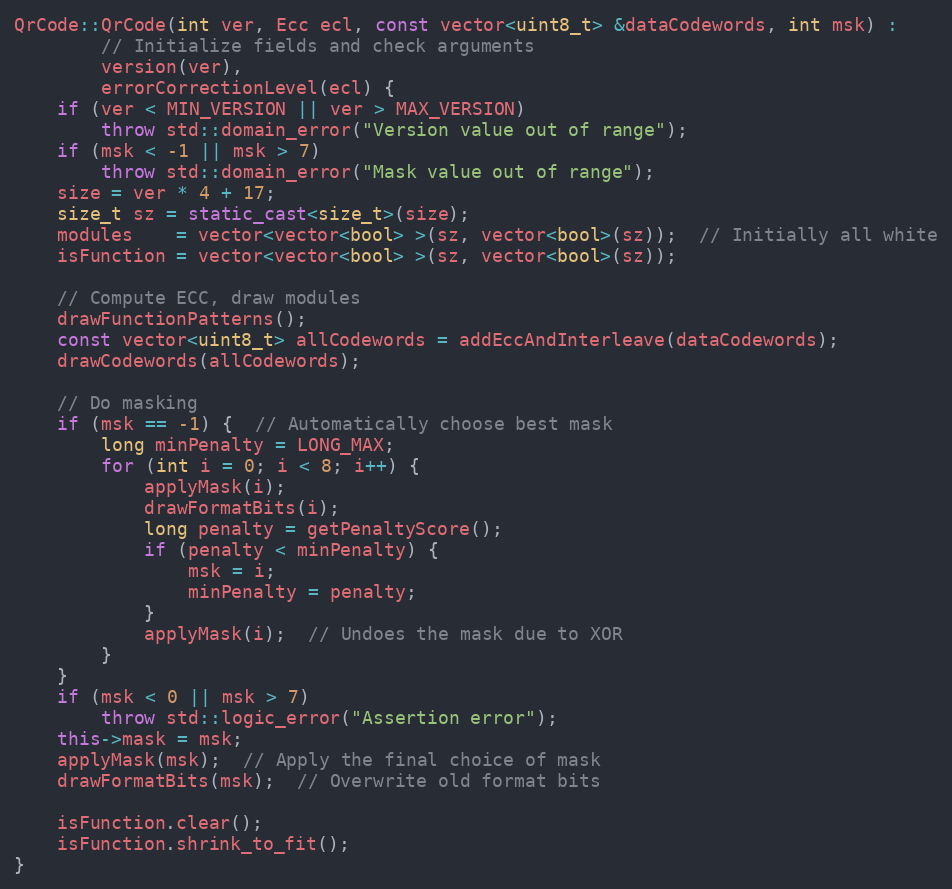
Language: C++
QrCode::QrCode(int ver, Ecc ecl, const vector<uint8_t> &dataCodewords, int msk) :
		// Initialize fields and check arguments
		version(ver),
		errorCorrectionLevel(ecl) {
	if (ver < MIN_VERSION || ver > MAX_VERSION)
		throw std::domain_error("Version value out of range");
	if (msk < -1 || msk > 7)
		throw std::domain_error("Mask value out of range");
	size = ver * 4 + 17;
	size_t sz = static_cast<size_t>(size);
	modules    = vector<vector<bool> >(sz, vector<bool>(sz));  // Initially all white
	isFunction = vector<vector<bool> >(sz, vector<bool>(sz));

	// Compute ECC, draw modules
	drawFunctionPatterns();
	const vector<uint8_t> allCodewords = addEccAndInterleave(dataCodewords);
	drawCodewords(allCodewords);

	// Do masking
	if (msk == -1) {  // Automatically choose best mask
		long minPenalty = LONG_MAX;
		for (int i = 0; i < 8; i++) {
			applyMask(i);
			drawFormatBits(i);
			long penalty = getPenaltyScore();
			if (penalty < minPenalty) {
				msk = i;
				minPenalty = penalty;
			}
			applyMask(i);  // Undoes the mask due to XOR
		}
	}
	if (msk < 0 || msk > 7)
		throw std::logic_error("Assertion error");
	this->mask = msk;
	applyMask(msk);  // Apply the final choice of mask
	drawFormatBits(msk);  // Overwrite old format bits

	isFunction.clear();
	isFunction.shrink_to_fit();
}